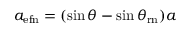
a _ { \mathrm { { e f } n } } = ( \sin { \theta } - \sin { \theta _ { \mathrm { { r } n } } } ) a